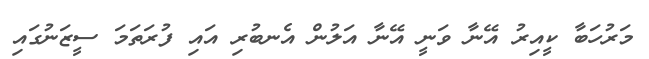
މަރުހަބާ ކީއިރު އޭނާ ވަނީ އޭނާ އަލުން އެނބުރި އައި ފުރަތަމަ ސީޒަނުގައި